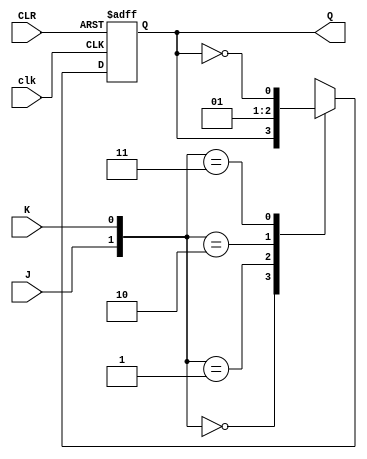
module JK_latch (
    input wire clk,
    input wire J,
    input wire K,
    input wire CLR,
    output reg Q
);

always @(posedge clk, posedge CLR) begin
    if (CLR) begin
        Q <= 0;
    end else begin
        case({J, K})
            2'b00: Q <= Q;
            2'b01: Q <= 0;
            2'b10: Q <= 1;
            2'b11: Q <= ~Q;
        endcase
    end
end

endmodule